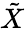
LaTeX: \tilde{X}